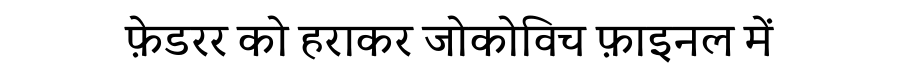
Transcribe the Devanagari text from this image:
फ़ेडरर को हराकर जोकोविच फ़ाइनल में